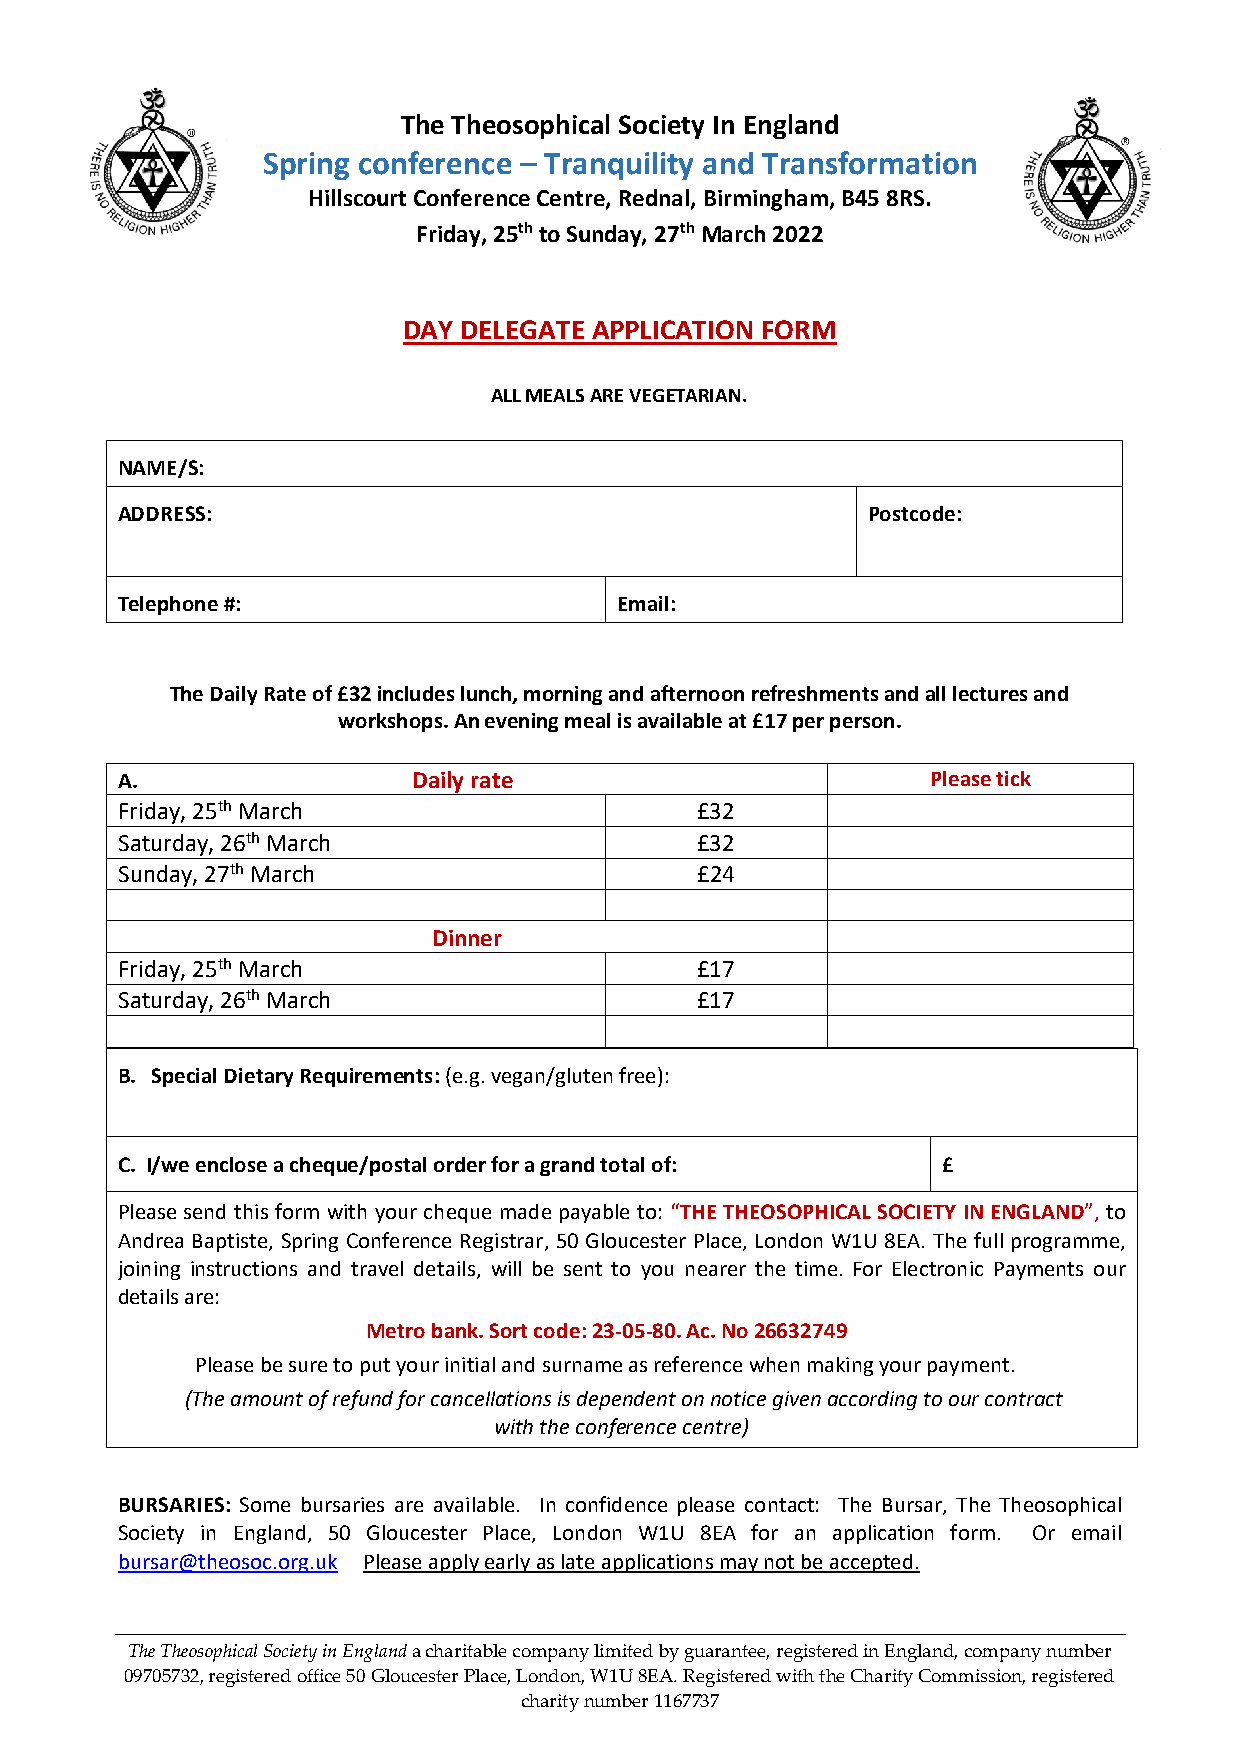
The Theosophical Society In England
 Spring conference – Tranquility and Transformation
 Hillscourt Conference Centre, Rednal, Birmingham, B45 8RS.
 Friday, 25th to Sunday, 27th March 2022
 DAY DELEGATE APPLICATION FORM
 ALL MEALS ARE VEGETARIAN.
 NAME/S:
 ADDRESS:                                         Postcode:
 Telephone #:                     Email:
 The Daily Rate of £32 includes lunch, morning and afternoon refreshments and all lectures and
 workshops. An evening meal is available at £17 per person.
 A.                 Daily rate                         Please tick
 Friday, 25th March                    £32
 Saturday, 26th March                  £32
 Sunday, 27th March                    £24
 Dinner
 Friday, 25th March                    £17
 Saturday, 26th March                  £17
 B. Special Dietary Requirements: (e.g. vegan/gluten free):
 C. I/we enclose a cheque/postal order for a grand total of: £
 Please send this form with your cheque made payable to: “THE THEOSOPHICAL SOCIETY IN ENGLAND”, to
 Andrea Baptiste, Spring Conference Registrar, 50 Gloucester Place, London W1U 8EA. The full programme,
 joining instructions and travel details, will be sent to you nearer the time. For Electronic Payments our
 details are:
 Metro bank. Sort code: 23-05-80. Ac. No 26632749
 Please be sure to put your initial and surname as reference when making your payment.
 (The amount of refund for cancellations is dependent on notice given according to our contract
 with the conference centre)
 BURSARIES: Some bursaries are available. In confidence please contact: The Bursar, The Theosophical
 Society in England, 50 Gloucester Place, London W1U 8EA for an application form. Or email
 bursar@theosoc.org.uk Please apply early as late applications may not be accepted.
 The Theosophical Society in England a charitable company limited by guarantee, registered in England, company number
 09705732, registered office 50 Gloucester Place, London, W1U 8EA. Registered with the Charity Commission, registered
 charity number 1167737